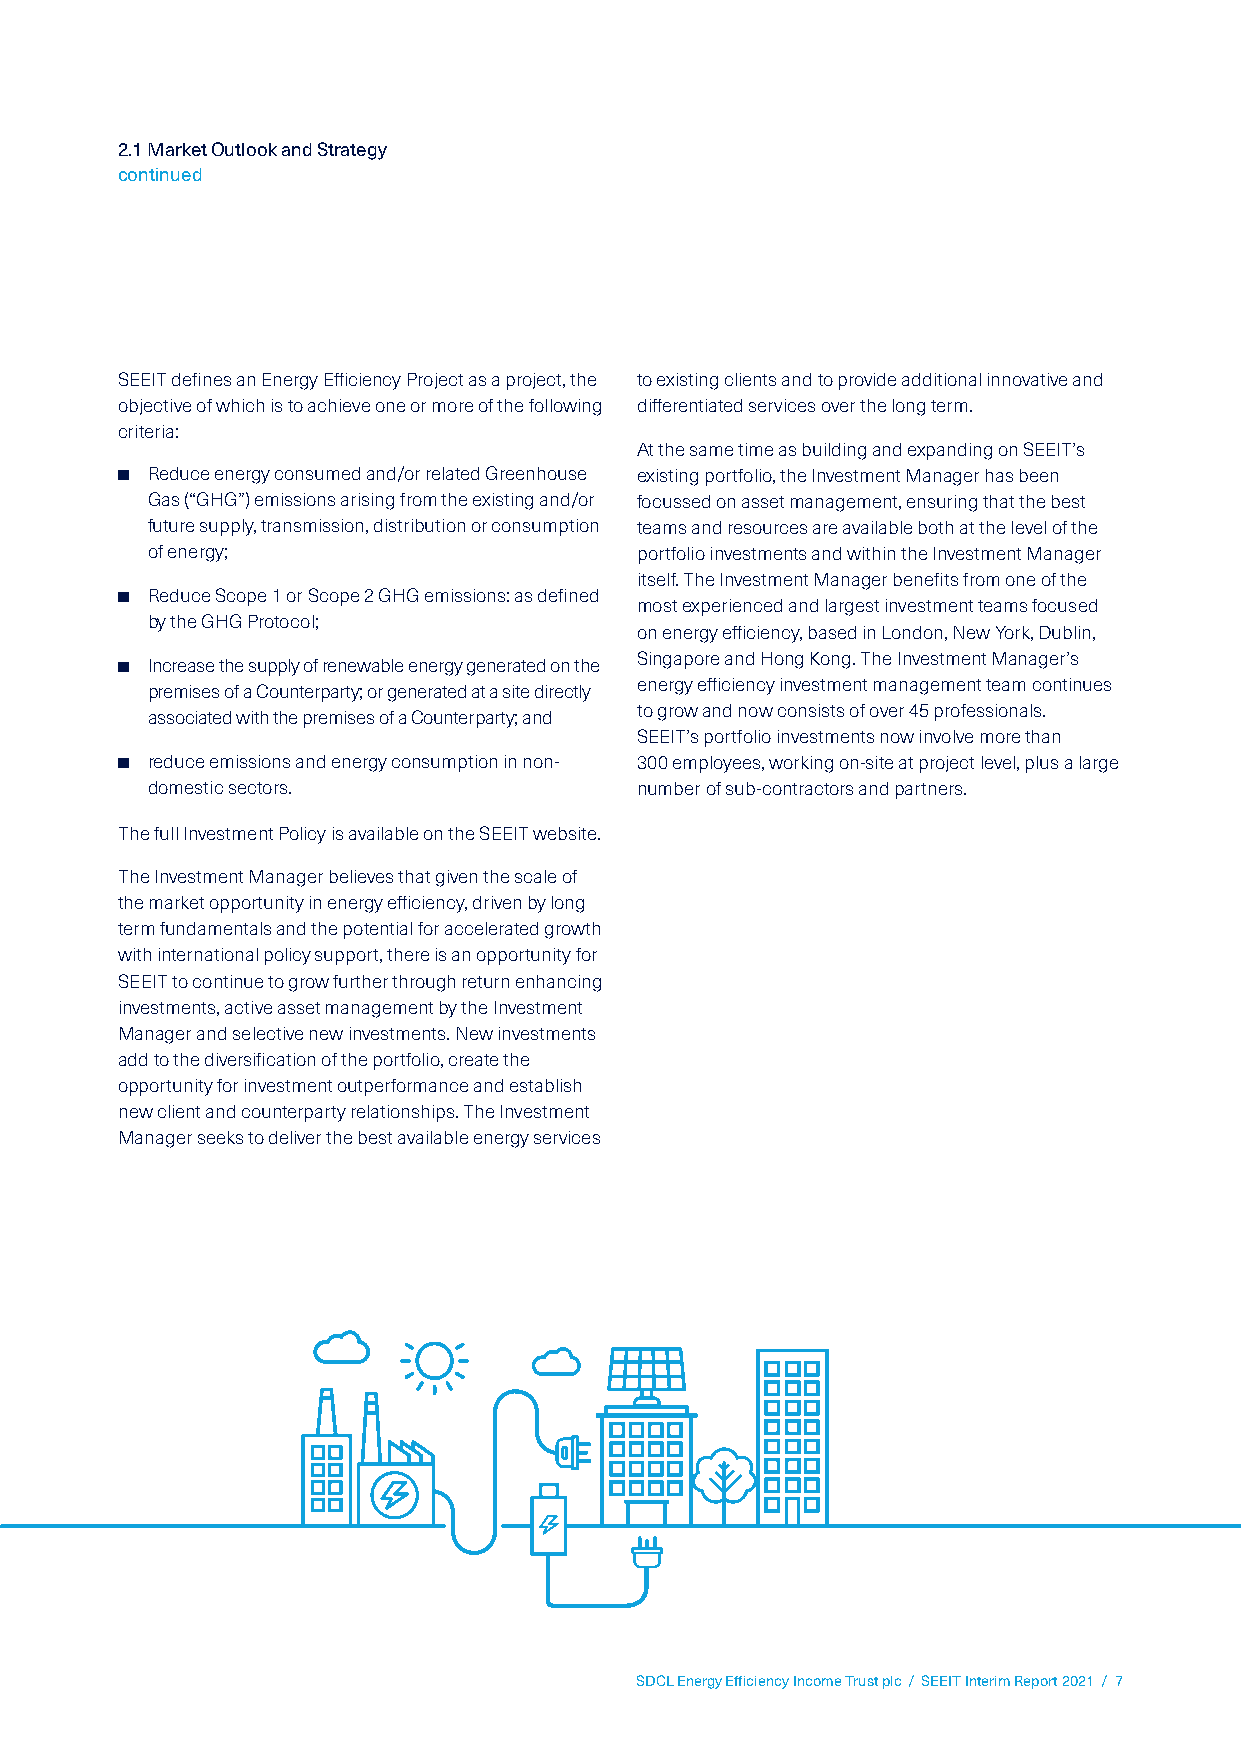
2.1 Market Outlook and Strategy
 continued
 SEEIT defines an Energy Efficiency Project as a project, the to existing clients and to provide additional innovative and
 objective of which is to achieve one or more of the following differentiated services over the long term.
 criteria:
 At the same time as building and expanding on SEEIT’s
 ■ Reduce energy consumed and/or related Greenhouse existing portfolio, the Investment Manager has been
 Gas (“GHG”) emissions arising from the existing and/or focussed on asset management, ensuring that the best
 future supply, transmission, distribution or consumption teams and resources are available both at the level of the
 of energy;                      portfolio investments and within the Investment Manager
 itself. The Investment Manager benefits from one of the
 ■ Reduce Scope 1 or Scope 2 GHG emissions: as defined
 most experienced and largest investment teams focused
 by the GHG Protocol;
 on energy efficiency, based in London, New York, Dublin,
 Singapore and Hong Kong. The Investment Manager’s
 ■ Increase the supply of renewable energy generated on the
 energy efficiency investment management team continues
 premises of a Counterparty; or generated at a site directly
 to grow and now consists of over 45 professionals.
 associated with the premises of a Counterparty; and
 SEEIT’s portfolio investments now involve more than
 ■ reduce emissions and energy consumption in non- 300 employees, working on-site at project level, plus a large
 domestic sectors.               number of sub-contractors and partners.
 The full Investment Policy is available on the SEEIT website.
 The Investment Manager believes that given the scale of
 the market opportunity in energy efficiency, driven by long
 term fundamentals and the potential for accelerated growth
 with international policy support, there is an opportunity for
 SEEIT to continue to grow further through return enhancing
 investments, active asset management by the Investment
 Manager and selective new investments. New investments
 add to the diversification of the portfolio, create the
 opportunity for investment outperformance and establish
 new client and counterparty relationships. The Investment
 Manager seeks to deliver the best available energy services
 SDCL Energy Efficiency Income Trust plc / SEEIT Interim Report 2021 / 7